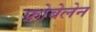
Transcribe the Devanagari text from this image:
फ्रोबेलेन